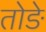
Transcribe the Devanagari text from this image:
तोङे